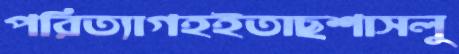
পরিত্যাগহইতাছশাসলু